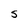
Character: S